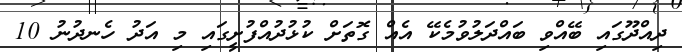
ދިއްދޫގައި ބޭއްވި ބައްދަލުވުމެކޭ އެއް ގޮތަށް ކުޅުދުއްފުށީގައި މި އަދު ހެނދުނު 10